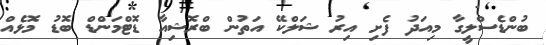
ބުންޑެސްލީގާ މިއަދު ފެށި އިރު ޝަލްކޭ އަތުން ބްރޮޝިއާ ޑޮޓްމަންޑް ބޮޑު މޮޅެއް